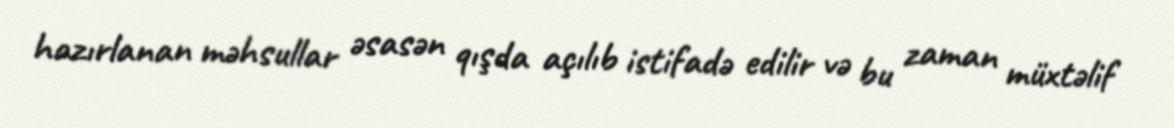
hazırlanan məhsullar əsasən qışda açılıb istifadə edilir və bu zaman müxtəlif